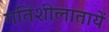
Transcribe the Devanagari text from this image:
गतिशीलातायें